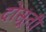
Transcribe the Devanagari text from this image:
दोसूती